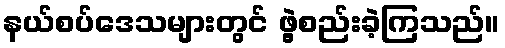
နယ်စပ်ဒေသများတွင် ဖွဲ့စည်းခဲ့ကြသည်။